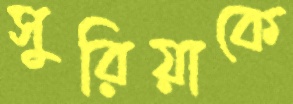
সুরিয়াকে